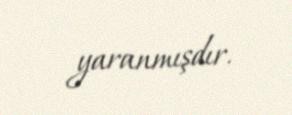
yaranmışdır.